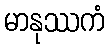
မာနုဿကံ